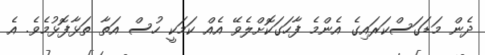
ދެން މަޑަގަސްކަރައިގެ އެންމެ ފާހަގަކޮށްލެވޭ އެއް ކަމަކީ ހުސް އަތާ ތަޅާފޮޅުމެވެ. އެ